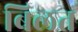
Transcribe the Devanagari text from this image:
बिलत